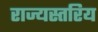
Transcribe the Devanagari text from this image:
राज्यस्तरिय